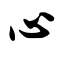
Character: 心